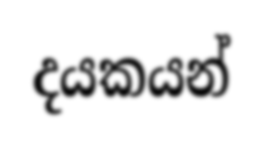
දයකයන්